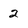
Character: 2